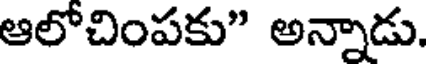
ఆలోచింపకు" అన్నాడు.